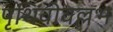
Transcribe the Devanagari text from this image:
पृथिवीवल्लभ